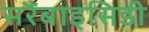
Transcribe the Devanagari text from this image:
सरैंबाइसिडी